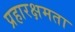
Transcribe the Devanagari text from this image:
प्रहारक्षमता